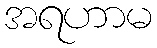
အရဟာမ